Leaving Certificate Examination (including Day School Certificate (Higher) General paper), 1936
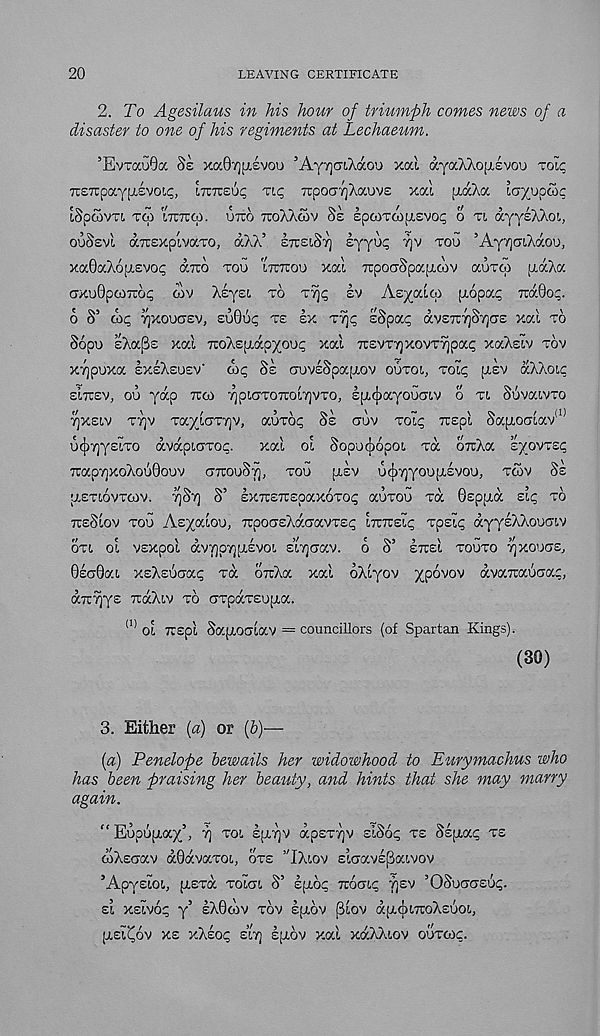
20
LEAVING CERTIFICATE
2. To Agesilaus in his hour of triumph comes news of a
disaster to one of his regiments at Lechaeum.
’EVTOCGOGC 8z xaQvjfxevou 5 Ay7]c?LXaou xou dyaXXofxsvou rolt;
TreTCpayfXEVOL^,
I7TTC£U^ TIC,
7CpO(J7]XaUVE
Xa'l
pidAa l(T/Up(2)C
iSpCOVTI TCO ITTTUCp.
UTCO TUoXXcOV §£ £p6IT0)[X£V0^ 0 Tt, dyyEXXoi,
OUSEVI aTTExplvaTO, a/}’ ETTEIST] syyup vjv TOU ’AyiQOTAdou,
xa6aX6(X£Vop (XTCO TOU LTCTUOU xal TrpoaSpafxoiv auTpi [xdcXa
cxuSpooTioi; oxv XsyEi. TO TT]^ EV AE^OCICO (xopap TtdQoc.
6 S’ ox; TyXOUGEV, EuGup T£ EX T'/jp sSpCCC OiVZTirjOTjGS Xat TO
Sopu sAaSs xal TcoAEixdpyouc xal mvrrj XOVTTJpap xa'Asiv TOV
XTjpuxa EXEXEUEV' OX; SE auvESpapiov OUTOI, TOLP fxsv ccXXoic
EITCEV, OU yap TTOI ^piGTOTroiTjVTo, EpLcjiayouaiv o TL SuvaivTO
7]XSLV TT]V Ta^lGTyjv, auTop Ss GUV Toii; TCEpl Sa[xoGlav ,1)
ucjiijyslTo dvapiGTop.
xal ol Sopuiopoi Ta oiiXa syovTsc
TrapvjxoXouQouv GjrouSy, TOU JXEV u(|)7)you[XEvou, TCOV SE
[XETtOVTCOV. TjSfj S’ EXTCE7CEOaXOTOf; aUTOU Ta 0Eppid £L<; TO
TTESIOV TOU AE^OCIOU, TrpoGEXaGavTEp LTUTCEip Tpslc; dyysXXouGiv
OTl ol VEXpol dv7]p7][X£V0l ELTJGaV. O S’ ETTsl TOUTO TjXOUGS,
0EG0aL xsXsuGap Ta orcXa xal oXlyov ypovov dvaTrauGap,
(XTC^ys TidXiv TO GTpaT£U[xa.
(1) ol TTEpl SafXOGiav = councillors (of Spartan Kings).
(30)
3. Either (a) or (b)—
(a) Penelope bewails her widowhood to Eurymachus who
has been praising her beauty, and hints that she may marry
again.
“ Eupujxay), TJ TOI EJXTJV dpsTTjv slSop TE Sspiap TE
olXsoav dGdvaTOt,, OTE ’'IXIOV siGavEpaivov
’Apyslot., [XETa TOlGt S’ Epiop TTOGip f)£V ’OSuGGEU<;.
£1 XEIVO^ y’ IX0OIV TOV £[XOV plov dfXfplTToXEUO!,,
IXEICOV XE xXsop £17] £[XOV xal xdXXiov OUTOIC.